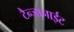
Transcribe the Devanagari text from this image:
टैन्जानाईट